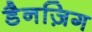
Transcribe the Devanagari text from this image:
डैनज़िग